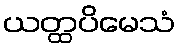
ယတ္ထပိမေသံ